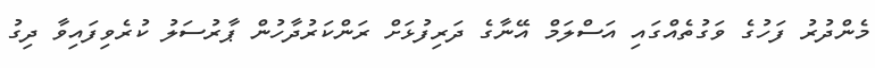
މެންދުރު ފަހުގެ ވަގުތެއްގައި އަސްލަމް އޭނާގެ ދަރިފުޅަށް ރަންކަރުދާހުން ޕާރުސަލު ކުރެވިފައިވާ ދިގު